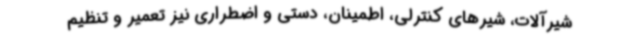
شیرآلات، شیرهای کنترلی، اطمینان، دستی و اضطراری نیز تعمیر و تنظیم